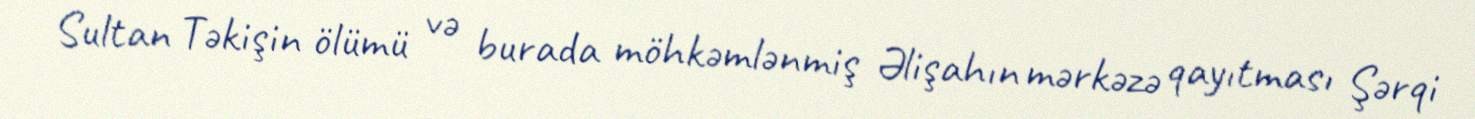
Sultan Təkişin ölümü və burada möhkəmlənmiş Əlişahın mərkəzə qayıtması Şərqi